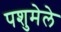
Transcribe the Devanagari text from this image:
पशुमेले